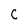
Character: C